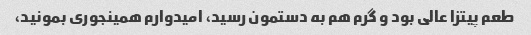
طعم پیتزا عالی بود و گرم هم به دستمون رسید، امیدوارم همینجوری بمونید،